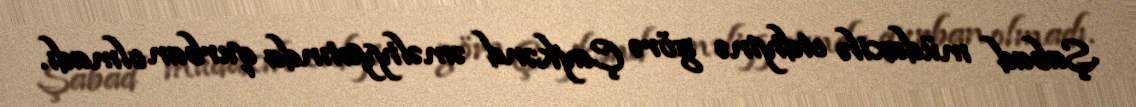
Şabad müdaxilə etdiyinə görə Çaykənd əməliyyatında qurban olmadı.